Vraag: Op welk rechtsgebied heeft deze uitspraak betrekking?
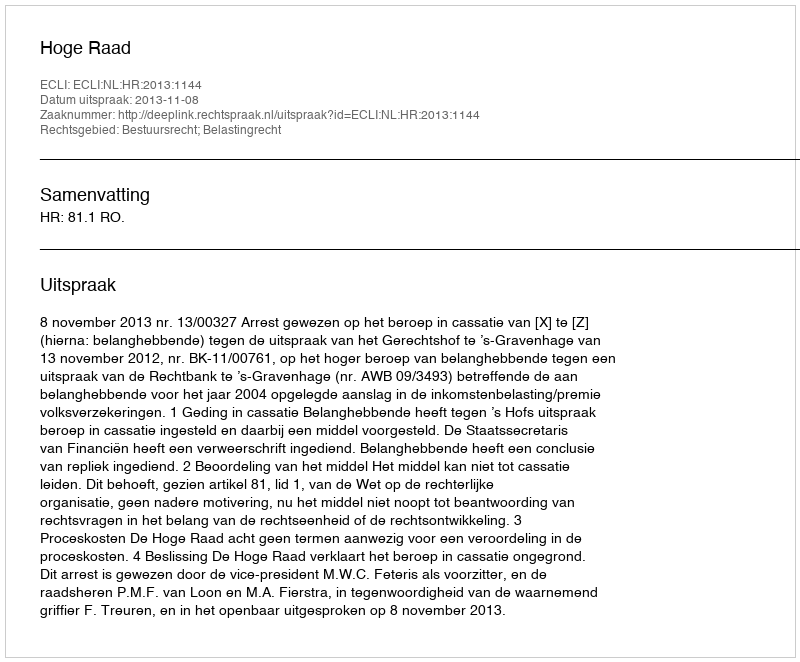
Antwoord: Bestuursrecht; Belastingrecht